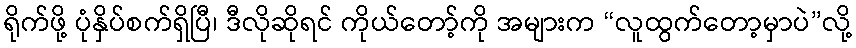
ရိုက်ဖို့ ပုံနှိပ်စက်ရှိပြီ၊ ဒီလိုဆိုရင် ကိုယ်တော့်ကို အများက “လူထွက်တော့မှာပဲ”လို့